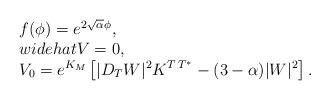
LaTeX: \begin{align*}\left. \begin{array}{l} f(\phi) = e^{2\sqrt\alpha\phi},\ \\widehat{V}=0,\\V_0= e^{K_M}\left[|D_TW|^2K^{T\,T^*}-(3-\alpha)|W|^2\right]. \end{array}\right.\end{align*}